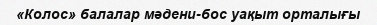
«Колос» балалар мәдени-бос уақыт орталығы